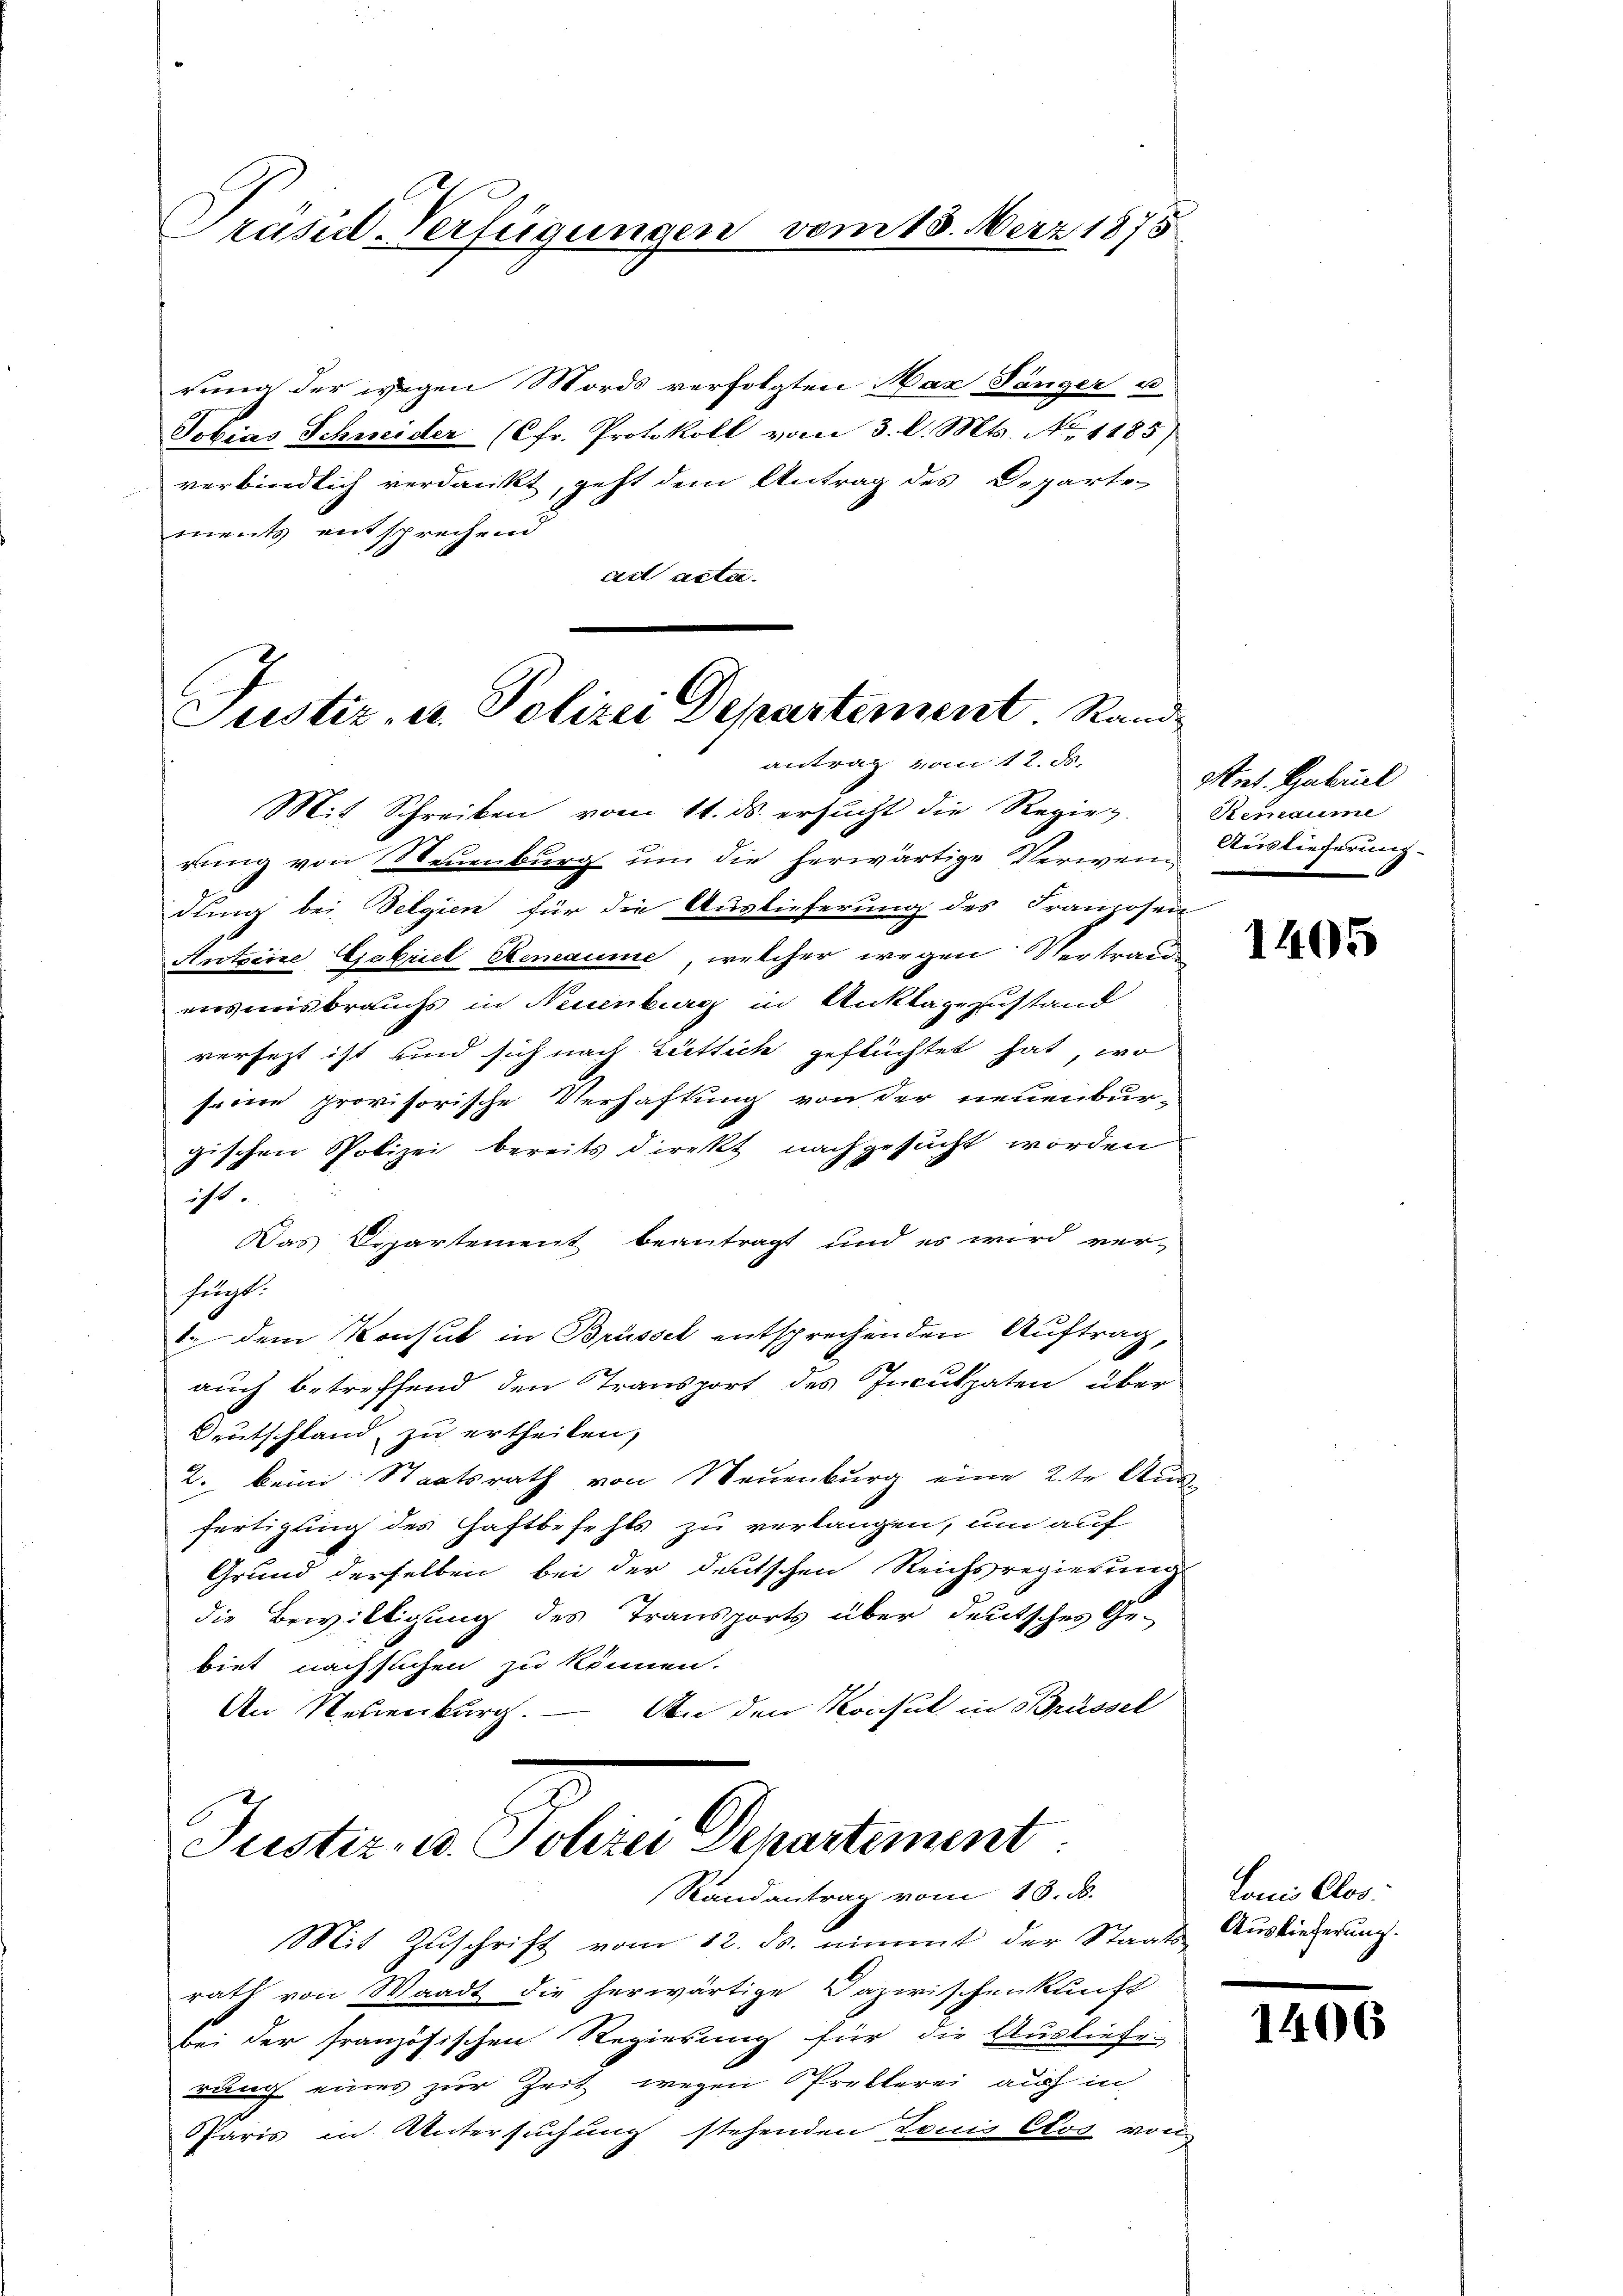
Präsid-Verfügungen vom 18. März 1875

rung der wegen Mords verfolgten Naz Länger u
Tobias Schneider (Cfr. Protokoll vom 3. l. Mts. No 1185)
verbindlich verdankt, geht dem Antrag des Departe
ments entsprechend
ad acta.

Justiz- u. Polizei Departement. Randantrag vom 12. ds.

Mit Schreiben vom 11. ds. ersucht die Regier. Remaume
rung von Neuenburg um die herwärtige Verwen- Auslieferung
dung bei Belgien für die Auslieferung des Franzosen
Antzene Gabriel Renaume, welcher wegen Vertraue
essbrauchs in Neuenburg in Anklagezustand
verfetzt ist und sich nach Zütlich geflüchtet hat, wo
seine provisorische Verhaftung von der neuenbur-
gischen Polizei bereits direkt nachgesucht worden
ist.
Das Departement beantragt und es wird ver-
felgt.
1. dem Konsul in Brüssel entsprechenden Auftrag,
2
auch betreffend den Transport des Inculpaten über
Deutschland zu ertheilen,
2. beim Staatsrath von Neuenburg eine 2 te Ausfertigung des Haftbefehls zu verlangen, um auf
Grund derselben bei der deutschen Reichsregierung
die Bewilligung des Transports über deutsches Ge-
biet nachsuchen zu können.
An den Konsul in Brüssel
An Neuenburg.
Justiz in Sohre Gerartement.
Randantrag vom 18. ds.
Mit Zuschrift vom 12. ds. nimmt der Staats-Auslieferung.
rath von Waadt die herwärtige Dazwischenkunft
bei der französischen Regierung für die Ausliefe
rung eines zur Zeit wegen Pretterei auf in
Paris in Untersuchung stehenden Louis Cos von

Ant. Gabriel

1405

Lonio Clos:

1406